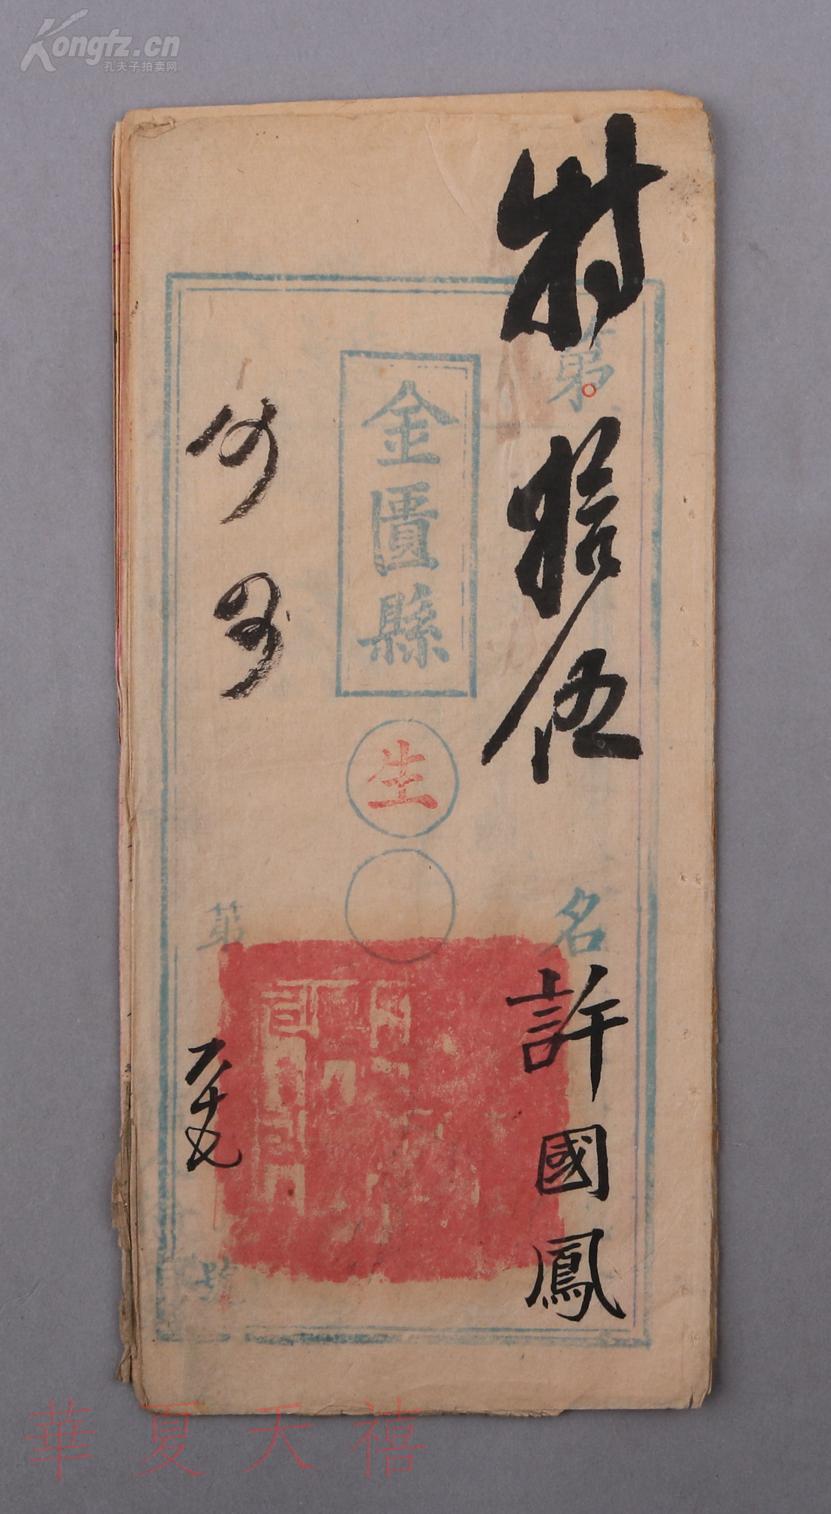
听其言也，观其眸子，人焉廋哉？